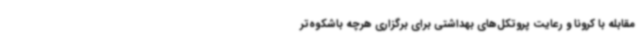
مقابله با کرونا و رعایت پروتکل‌های بهداشتی برای برگزاری هرچه باشکوه‌تر